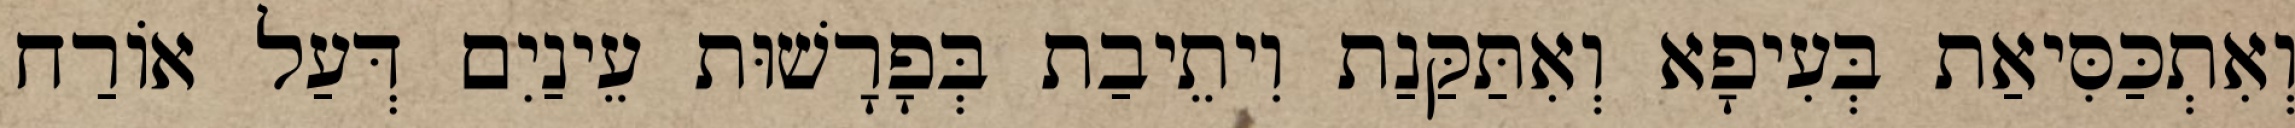
וְאִתְכַּסִּיאַת בְּעִיפָא וְאִתַּקַּנַת וִיתֵיבַת בְּפָרָשׁוּת עֵינַיִם דְּעַל אוֹרַח